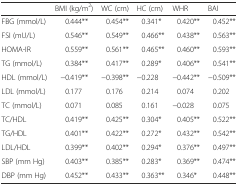
<table><thead><tr><td></td><td><b>BMI (kg/m<sup>2</sup>)</b></td><td><b>WC (cm)</b></td><td><b>HC (cm)</b></td><td><b>WHR</b></td><td><b>BAI</b></td></tr></thead><tbody><tr><td>FBG (mmol/L)</td><td>0.444**</td><td>0.454**</td><td>0.341*</td><td>0.420**</td><td>0.452**</td></tr><tr><td>FSI (mU/L)</td><td>0.546**</td><td>0.549**</td><td>0.466**</td><td>0.438**</td><td>0.563**</td></tr><tr><td>HOMA-IR</td><td>0.559**</td><td>0.561**</td><td>0.465**</td><td>0.460**</td><td>0.593**</td></tr><tr><td>TG (mmol/L)</td><td>0.384**</td><td>0.417**</td><td>0.289*</td><td>0.406**</td><td>0.541**</td></tr><tr><td>HDL (mmol/L)</td><td>−0.419**</td><td>−0.398**</td><td>−0.228</td><td>−0.442**</td><td>−0.509**</td></tr><tr><td>LDL (mmol/L)</td><td>0.177</td><td>0.176</td><td>0.214</td><td>0.074</td><td>0.202</td></tr><tr><td>TC (mmol/L)</td><td>0.071</td><td>0.085</td><td>0.161</td><td>−0.028</td><td>0.075</td></tr><tr><td>TC/HDL</td><td>0.419**</td><td>0.425**</td><td>0.304*</td><td>0.405**</td><td>0.522**</td></tr><tr><td>TG/HDL</td><td>0.401**</td><td>0.422**</td><td>0.272*</td><td>0.432**</td><td>0.542**</td></tr><tr><td>LDL/HDL</td><td>0.399**</td><td>0.402**</td><td>0.294*</td><td>0.376**</td><td>0.497**</td></tr><tr><td>SBP (mm Hg)</td><td>0.403**</td><td>0.385**</td><td>0.283*</td><td>0.369**</td><td>0.474**</td></tr><tr><td>DBP (mm Hg)</td><td>0.452**</td><td>0.433**</td><td>0.363**</td><td>0.346*</td><td>0.448**</td></tr></tbody></table>